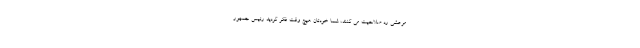
مرعشی رد صلاحیت می کنند، شما خودتان هیچ وقت فکر کردید رئیس جمهور